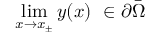
\operatorname* { l i m } _ { x \to x _ { \pm } } y ( x ) \ \in \partial { \bar { \Omega } }